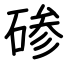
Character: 碜